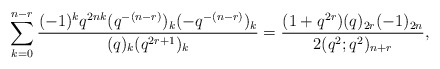
\begin{align*} \sum_{k=0}^{n-r}\frac{(-1)^kq^{2nk}(q^{-(n-r)})_k(-q^{-(n-r)})_k}{(q)_k(q^{2r+1})_k} = \frac{(1+q^{2r})(q)_{2r}(-1)_{2n}}{2(q^2;q^2)_{n+r}},\end{align*}